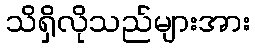
သိရှိလိုသည်များအား